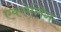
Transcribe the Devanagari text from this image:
एक्सेलिंग